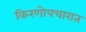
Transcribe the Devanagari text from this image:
किरणोपचारात